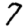
Digit: 7